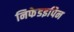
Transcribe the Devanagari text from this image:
निफेडइपिन